Indian journal of veterinary science and animal husbandry - Volume 12,
Year: 1942
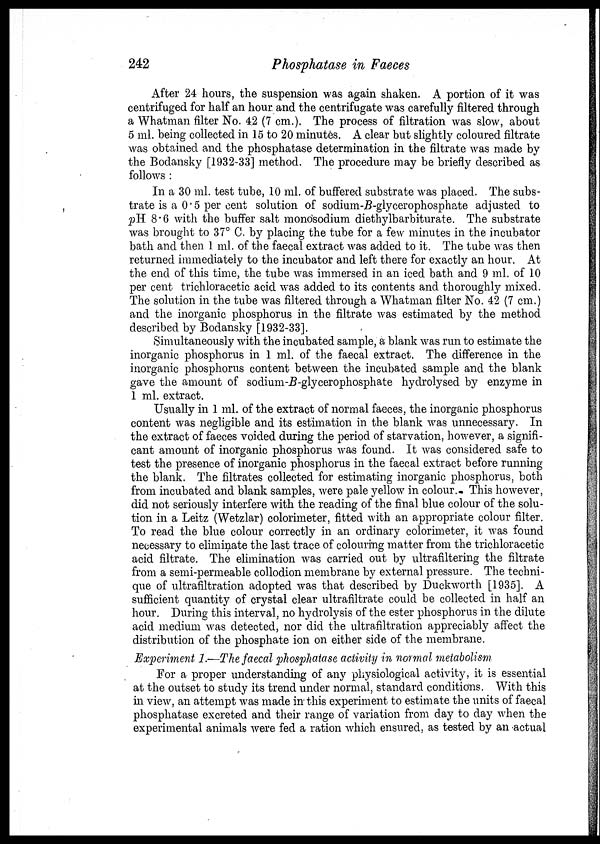
242
Phosphatase in Faeces
After 24 hours, the suspension was again shaken. A portion of it was
centrifuged for half an hour and the centrifugate was carefully filtered through
a Whatman filter No. 42 (7 cm.). The process of filtration was slow, about
5 ml. being collected in 15 to 20 minutes. A clear but slightly coloured filtrate
was obtained and the phosphatase determination in the filtrate was made by
the Bodansky [1932-33] method. The procedure may be briefly described as
follows :
In a 30 ml. test tube, 10 ml. of buffered substrate was placed. The subs-
trate is a 0.5 per cent solution of sodium-B-glycerophosphate adjusted to
pH 8.6 with the buffer salt monosodium diethylbarbiturate. The substrate
was brought to 37° C. by placing the tube for a few minutes in the incubator
bath and then 1 ml. of the faecal extract was added to it. The tube was then
returned immediately to the incubator and left there for exactly an hour. At
the end of this time, the tube was immersed in an iced bath and 9 ml. of 10
per cent trichloracetic acid was added to its contents and thoroughly mixed.
The solution in the tube was filtered through a Whatman filter No. 42 (7 cm.)
and the inorganic phosphorus in the filtrate was estimated by the method
described by Bodansky [1932-33].
Simultaneously with the incubated sample, a blank was run to estimate the
inorganic phosphorus in 1 ml. of the faecal extract. The difference in the
inorganic phosphorus content between the incubated sample and the blank
gave the amount of sodium-B-glycerophosphate hydrolysed by enzyme in
1 ml. extract.
Usually in 1 ml. of the extract of normal faeces, the inorganic phosphorus
content was negligible and its estimation in the blank was unnecessary. In
the extract of faeces voided during the period of starvation, however, a signifi-
cant amount of inorganic phosphorus was found. It was considered safe to
test the presence of inorganic phosphorus in the faecal extract before running
the blank. The filtrates collected for estimating inorganic phosphorus, both
from incubated and blank samples, were pale yellow in colour. This however,
did not seriously interfere with the reading of the final blue colour of the solu-
tion in a Leitz (Wetzlar) colorimeter, fitted with an appropriate colour filter.
To read the blue colour correctly in an ordinary colorimeter, it was found
necessary to eliminate the last trace of colouring matter from the trichloracetic
acid filtrate. The elimination was carried out by ultrafiltering the filtrate
from a semi-permeable collodion membrane by external pressure. The techni-
que of ultrafiltration adopted was that described by Duckworth [1935]. A
sufficient quantity of crystal clear ultrafiltrate could be collected in half an
hour. During this interval, no hydrolysis of the ester phosphorus in the dilute
acid medium was detected, nor did the ultrafiltration appreciably affect the
distribution of the phosphate ion on either side of the membrane.
Experiment 1.—The faecal phosphatase activity in normal metabolism
For a proper understanding of any physiological activity, it is essential
at the outset to study its trend under normal, standard conditions. With this
in view, an attempt was made in this experiment to estimate the units of faecal
phosphatase excreted and their range of variation from day to day when the
experimental animals were fed a ration which ensured, as tested by an actual